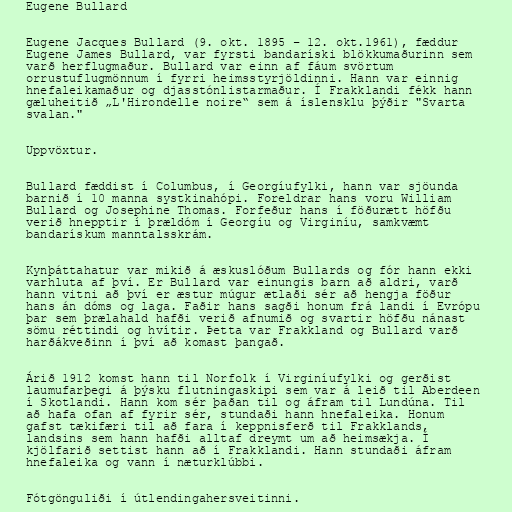
Eugene Bullard

Eugene Jacques Bullard (9. okt. 1895 – 12. okt.1961), fæddur
Eugene James Bullard, var fyrsti bandaríski blökkumaðurinn sem
varð herflugmaður. Bullard var einn af fáum svörtum
orrustuflugmönnum í fyrri heimsstyrjöldinni. Hann var einnig
hnefaleikamaður og djasstónlistarmaður. Í Frakklandi fékk hann
gæluheitið „L'Hirondelle noire“ sem á íslensklu þýðir "Svarta
svalan."

Uppvöxtur.

Bullard fæddist í Columbus, í Georgíufylki, hann var sjöunda
barnið í 10 manna systkinahópi. Foreldrar hans voru William
Bullard og Josephine Thomas. Forfeður hans í föðurætt höfðu
verið hnepptir í þrældóm í Georgíu og Virginíu, samkvæmt
bandarískum manntalsskrám.

Kynþáttahatur var mikið á æskuslóðum Bullards og fór hann ekki
varhluta af því. Er Bullard var einungis barn að aldri, varð
hann vitni að því er æstur múgur ætlaði sér að hengja föður
hans án dóms og laga. Faðir hans sagði honum frá landi í Evrópu
þar sem þrælahald hafði verið afnumið og svartir höfðu nánast
sömu réttindi og hvítir. Þetta var Frakkland og Bullard varð
harðákveðinn í því að komast þangað.

Árið 1912 komst hann til Norfolk í Virginíufylki og gerðist
laumufarþegi á þýsku flutningaskipi sem var á leið til Aberdeen
í Skotlandi. Hann kom sér þaðan til og áfram til Lundúna. Til
að hafa ofan af fyrir sér, stundaði hann hnefaleika. Honum
gafst tækifæri til að fara í keppnisferð til Frakklands,
landsins sem hann hafði alltaf dreymt um að heimsækja. Í
kjölfarið settist hann að í Frakklandi. Hann stundaði áfram
hnefaleika og vann í næturklúbbi.

Fótgönguliði í útlendingahersveitinni.